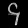
Digit: ၄